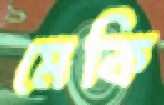
মেকি